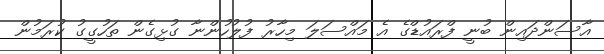
އާސަންދައިން ބުނީ ފްރައުޑްގެ އެ މައްސަލަ މިހާރު ފުލުހުންނާ ގުޅިގެން ތަހުގީގު ކުރަމުން